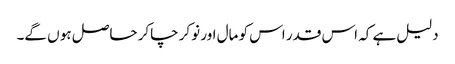
دلیل ہے کہ اس قدر اس کو مال اور نوکر چاکر حاصل ہو ں گے۔